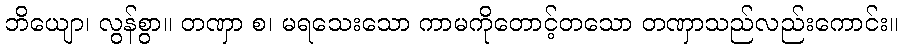
ဘိယျော၊ လွန်စွာ။ တဏှာ စ၊ မရသေးသော ကာမကိုတောင့်တသော တဏှာသည်လည်းကောင်း။